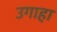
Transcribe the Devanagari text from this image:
उगाहा